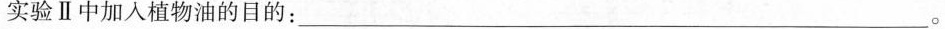
实验Ⅱ中加入植物油的目的：___。